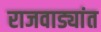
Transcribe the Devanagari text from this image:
राजवाड्यांत